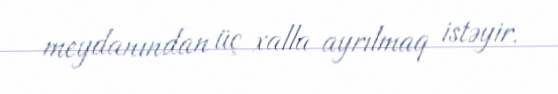
meydanından üç xalla ayrılmaq istəyir.